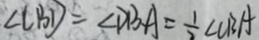
\angle C B D = \angle D B A = \frac { 1 } { 2 } \angle C B A